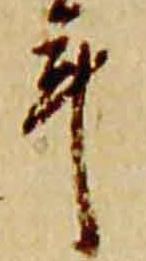
年